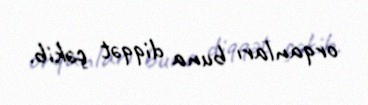
orqanları buna diqqət çəkib.